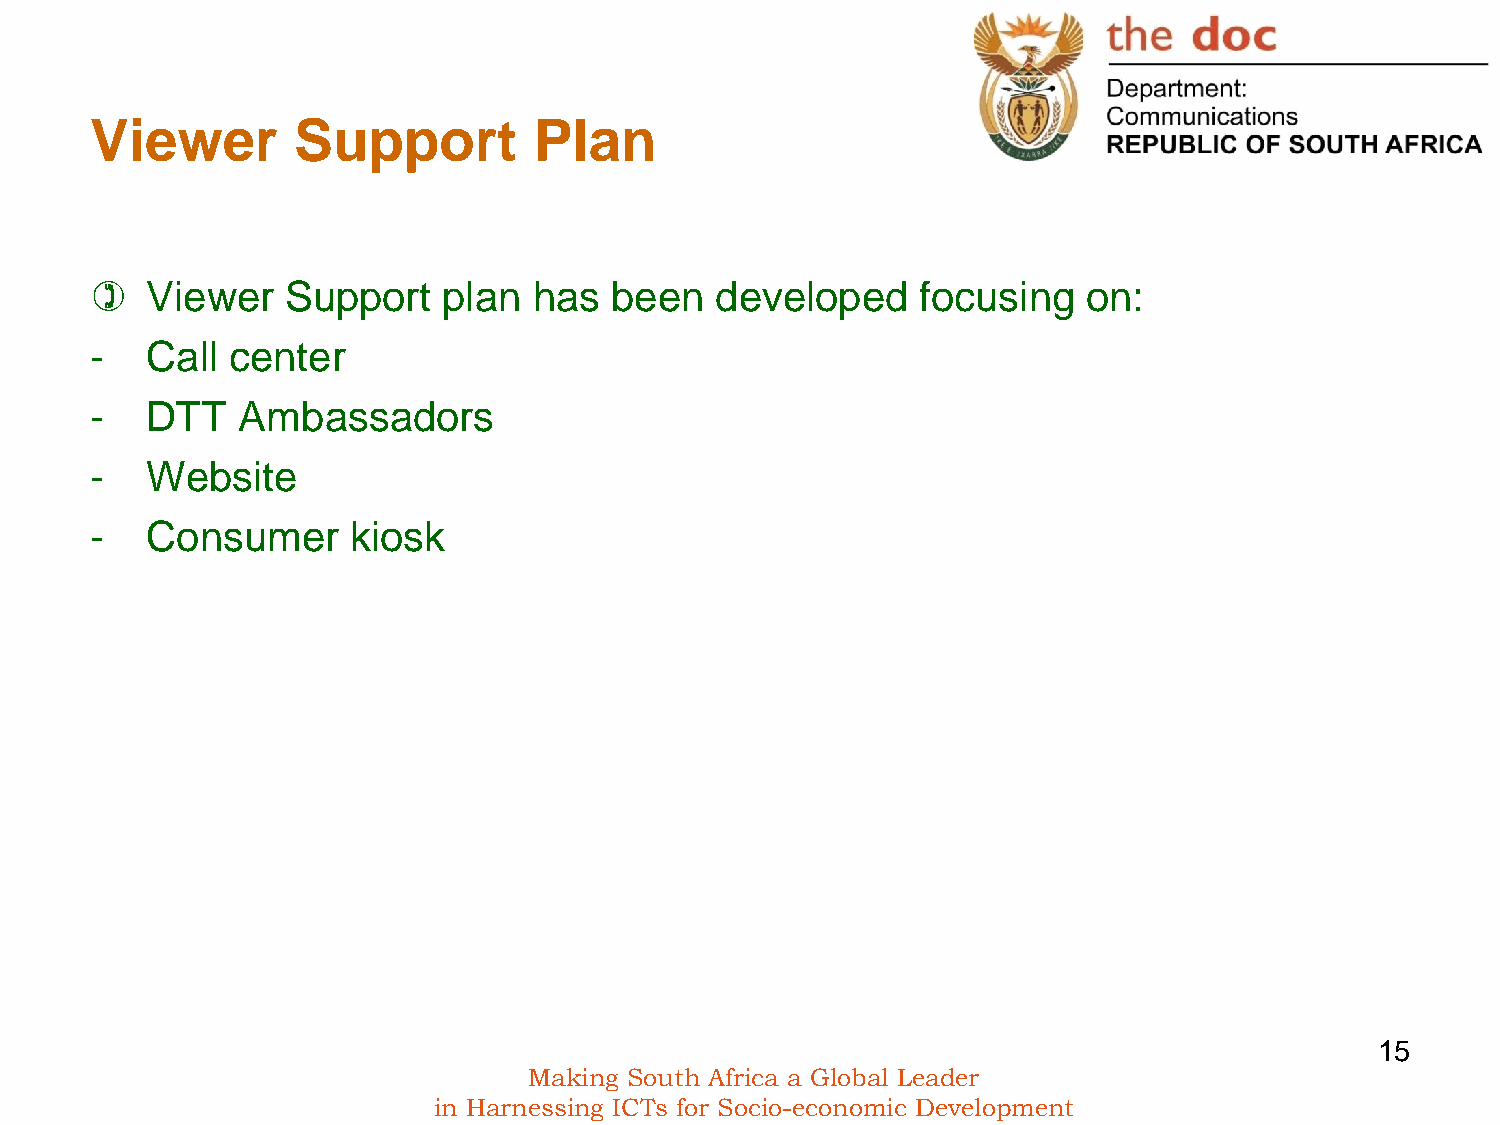
Viewer       Support         Plan
    Viewer   Support   plan  has  been   developed     focusing   on:
 -   Call center
 -   DTT   Ambassadors
 -   Website
 -   Consumer     kiosk
 15
 Making South Africa a Global Leader
 in Harnessing ICTs for Socio-economic Development